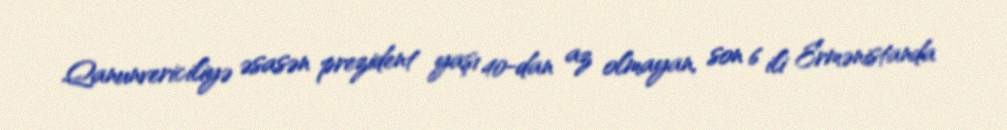
Qanunvericiliyə əsasən prezident yaşı 40-dan az olmayan, son 6 ili Ermənistanda